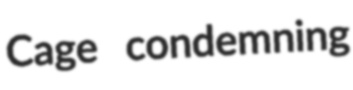
Cage condemning